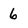
Character: 6